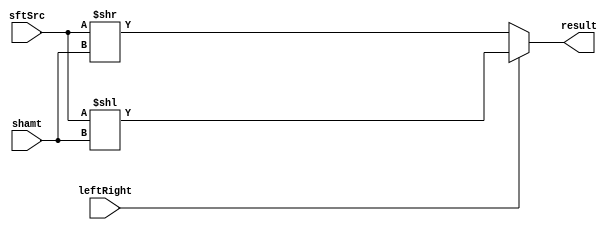
module Shifter( result, leftRight, shamt, sftSrc  );
    
  output wire[31:0] result;

  input wire leftRight;
  input wire[4:0] shamt;
  input wire[31:0] sftSrc ;
  
  /*your code here*/ 
	
  assign result= leftRight ? sftSrc <<shamt : sftSrc>>shamt ;
endmodule